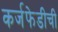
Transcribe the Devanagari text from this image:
कर्जफेडीची